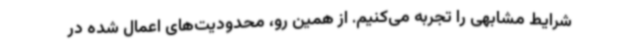
شرایط مشابهی را تجربه می‌کنیم. از همین رو، محدودیت‌های اعمال شده در